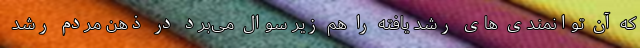
که آن توانمندی های رشد یافته را هم زیر سوال می‌برد در ذهن مردم رشد